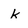
Character: k